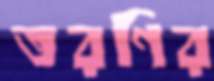
তরণির